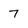
Character: 7